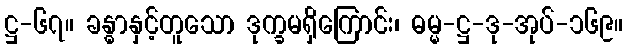
ဋ္ဌ-၆၇။ ခန္ဓာနှင့်တူသော ဒုက္ခမရှိကြောင်း၊ ဓမ္မ-ဋ္ဌ-ဒု-အုပ်-၁၆၉။